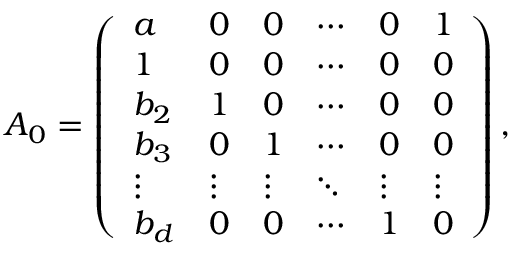
A _ { 0 } = \left( \begin{array} { l l l l l l } { a } & { 0 } & { 0 } & { \cdots } & { 0 } & { 1 } \\ { 1 } & { 0 } & { 0 } & { \cdots } & { 0 } & { 0 } \\ { b _ { 2 } } & { 1 } & { 0 } & { \cdots } & { 0 } & { 0 } \\ { b _ { 3 } } & { 0 } & { 1 } & { \cdots } & { 0 } & { 0 } \\ { \vdots } & { \vdots } & { \vdots } & { \ddots } & { \vdots } & { \vdots } \\ { b _ { d } } & { 0 } & { 0 } & { \cdots } & { 1 } & { 0 } \end{array} \right) ,